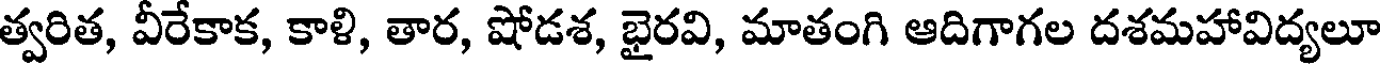
త్వరిత, వీరేకాక, కాళి, తార, షోడశ, భైరవి, మాతంగి ఆదిగాగల దశమహావిద్యలూ